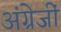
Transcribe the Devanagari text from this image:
अंग्रेजीं